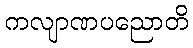
ကလျာဏပညောတိ